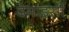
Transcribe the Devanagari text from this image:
देमाइसीं